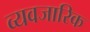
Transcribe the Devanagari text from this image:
व्यवजारिक